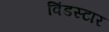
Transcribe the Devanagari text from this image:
विंडस्टार